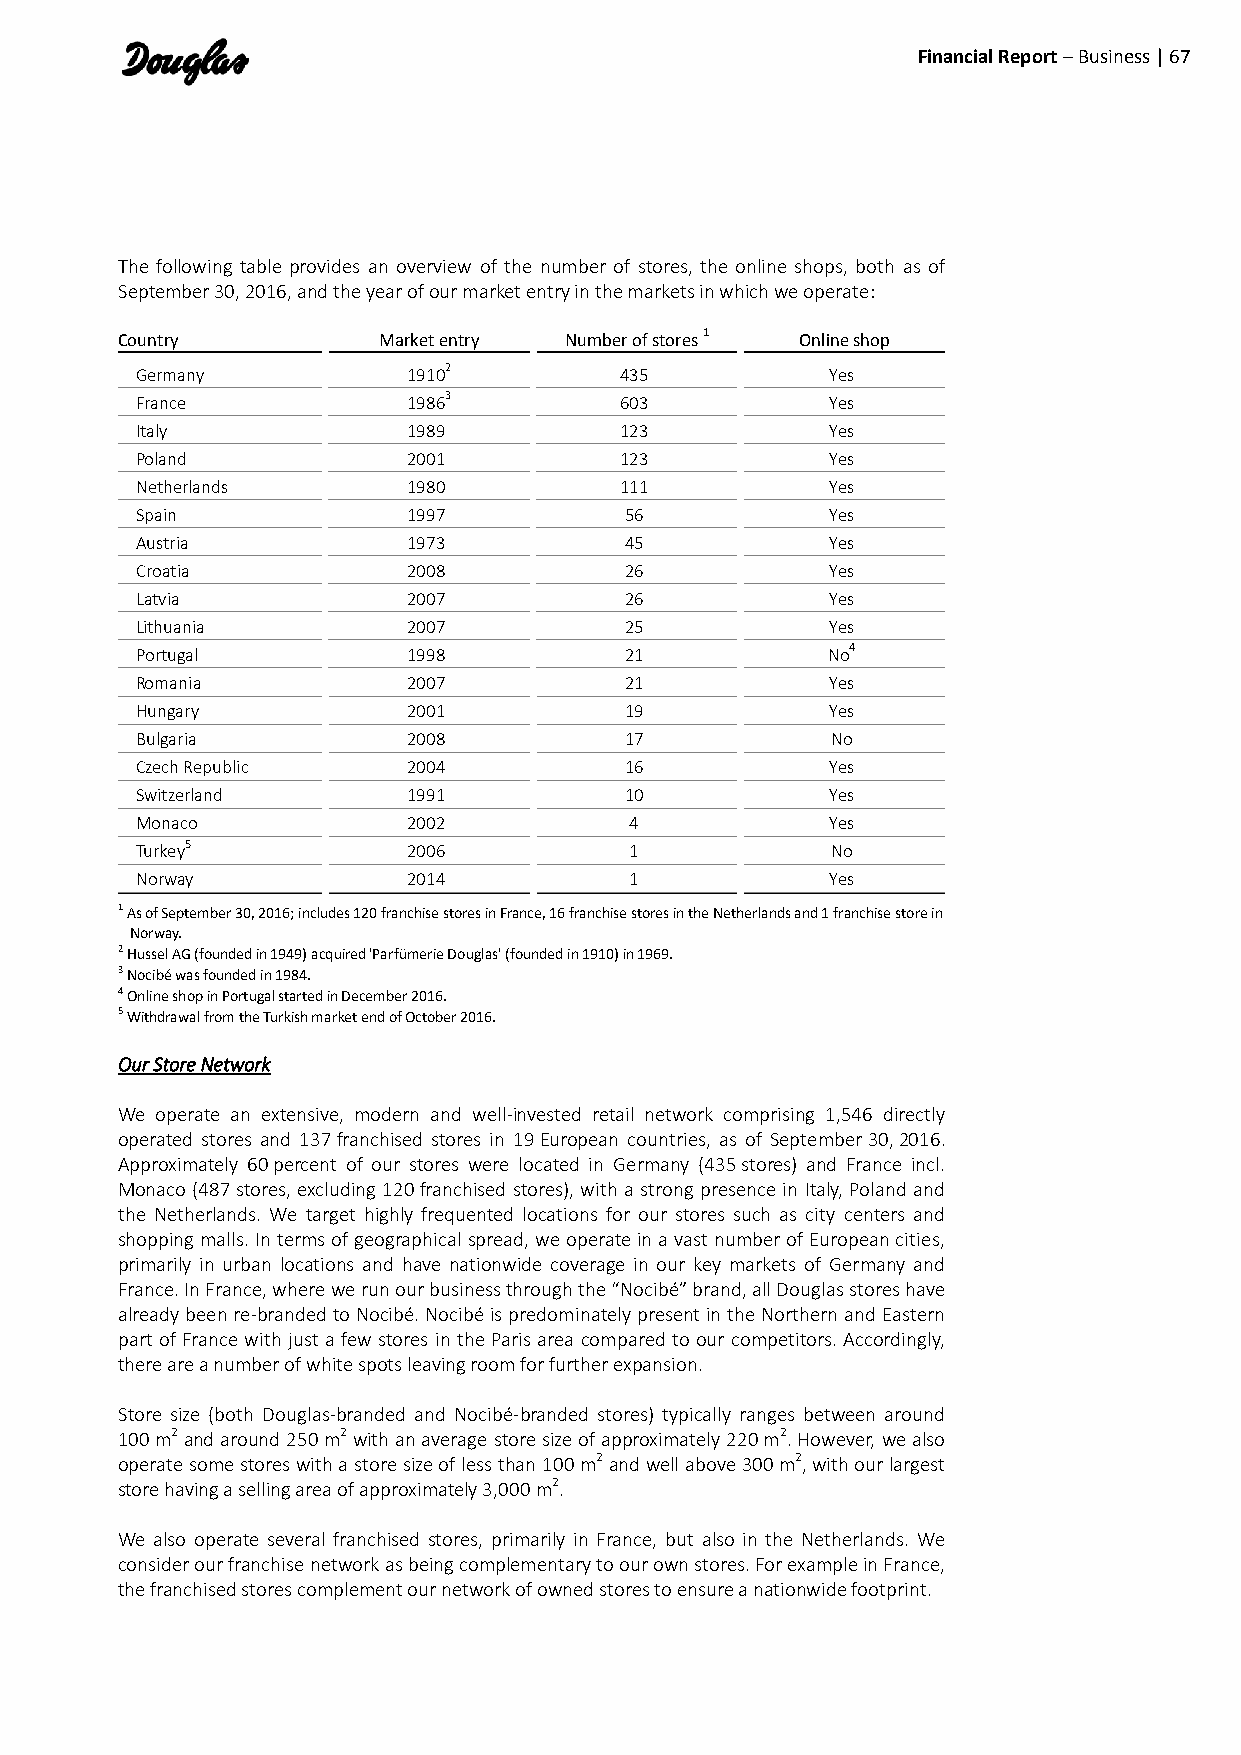
Financial Report – Business | 67
 The following table provides an overview of the number of stores, the online shops, both as of
 September 30, 2016, and the year of our market entry in the markets in which we operate:
 Country          Market entry Number of stores 1 Online shop
 Germany           19102         435           Yes
 France            19863         603           Yes
 Italy             1989          123           Yes
 Poland            2001          123           Yes
 Netherlands       1980          111           Yes
 Spain             1997          56            Yes
 Austria           1973          45            Yes
 Croatia           2008          26            Yes
 Latvia            2007          26            Yes
 Lithuania         2007          25            Yes
 Portugal          1998          21            No4
 Romania           2007          21            Yes
 Hungary           2001          19            Yes
 Bulgaria          2008          17            No
 Czech Republic    2004          16            Yes
 Switzerland       1991          10            Yes
 Monaco            2002           4            Yes
 Turkey5           2006           1            No
 Norway            2014           1            Yes
 1 As of September 30, 2016; includes 120 franchise stores in France, 16 franchise stores in the Netherlands and 1 franchise store in
 Norway.
 2 Hussel AG (founded in 1949) acquired 'Parfümerie Douglas' (founded in 1910) in 1969.
 3 Nocibé was founded in 1984.
 4 Online shop in Portugal started in December 2016.
 5 Withdrawal from the Turkish market end of October 2016.
 Our Store Network
 We operate an extensive, modern and well-invested retail network comprising 1,546 directly
 operated stores and 137 franchised stores in 19 European countries, as of September 30, 2016.
 Approximately 60 percent of our stores were located in Germany (435 stores) and France incl.
 Monaco (487 stores, excluding 120 franchised stores), with a strong presence in Italy, Poland and
 the Netherlands. We target highly frequented locations for our stores such as city centers and
 shopping malls. In terms of geographical spread, we operate in a vast number of European cities,
 primarily in urban locations and have nationwide coverage in our key markets of Germany and
 France. In France, where we run our business through the “Nocibé” brand, all Douglas stores have
 already been re-branded to Nocibé. Nocibé is predominately present in the Northern and Eastern
 part of France with just a few stores in the Paris area compared to our competitors. Accordingly,
 there are a number of white spots leaving room for further expansion.
 Store size (both Douglas-branded and Nocibé-branded stores) typically ranges between around
 100 m2 and around 250 m2 with an average store size of approximately 220 m2. However, we also
 operate some stores with a store size of less than 100 m2 and well above 300 m2, with our largest
 store having a selling area of approximately 3,000 m2.
 We also operate several franchised stores, primarily in France, but also in the Netherlands. We
 consider our franchise network as being complementary to our own stores. For example in France,
 the franchised stores complement our network of owned stores to ensure a nationwide footprint.